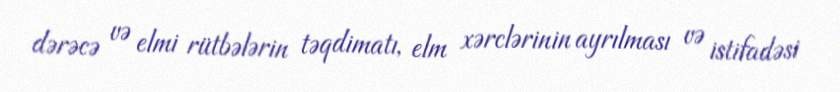
dərəcə və elmi rütbələrin təqdimatı, elm xərclərinin ayrılması və istifadəsi